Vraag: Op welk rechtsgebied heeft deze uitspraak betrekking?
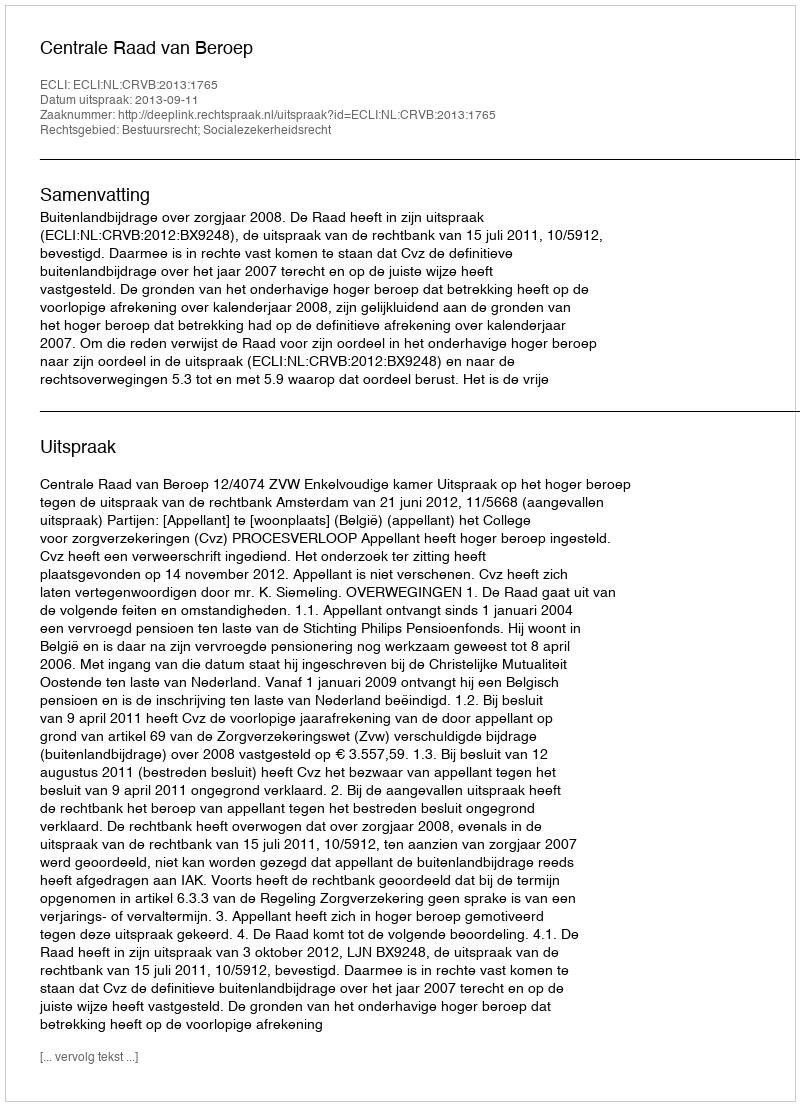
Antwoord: Bestuursrecht; Socialezekerheidsrecht